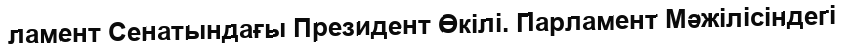
ламент Сенатындағы Президент Өкілі. Парламент Мәжілісіндегі